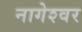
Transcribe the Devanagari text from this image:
नागेश्‍वर